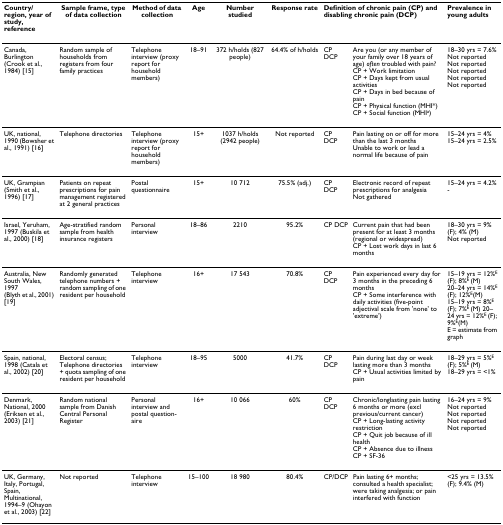
<table><thead><tr><td><b>Country/ region, year of study, reference</b></td><td><b>Sample frame, type of data collection</b></td><td><b>Method of data collection</b></td><td><b>Age</b></td><td><b>Number studied</b></td><td><b>Response rate</b></td><td colspan="2"><b>Definition of chronic pain (CP) and disabling chronic pain (DCP)</b></td><td><b>Prevalence in young adults</b></td></tr></thead><tbody><tr><td>Canada, Burlington (Crook et al., 1984) [15]</td><td>Random sample of households from registers from four family practices</td><td>Telephone interview (proxy report for household members)</td><td>18–91</td><td>372 h/holds (827 people)</td><td>64.4% of h/holds</td><td>CPDCP</td><td>Are you (or any member of your family over 18 years of age) <i>often </i>troubled with pain?CP + Work limitationCP + Days kept from usual activitiesCP + Days in bed because of painCP + Physical function (MHI*)CP + Social function (MHI<sup>a</sup>)</td><td>18–30 yrs = 7.6%Not reportedNot reportedNot reportedNot reportedNot reported</td></tr><tr><td>UK, national, 1990 (Bowsher et al., 1991) [16]</td><td>Telephone directories</td><td>Telephone interview (proxy report for household members)</td><td>15+</td><td>1037 h/holds (2942 people)</td><td>Not reported</td><td>CPDCP</td><td>Pain lasting on or off for more than the last 3 monthsUnable to work or lead a normal life because of pain</td><td>15–24 yrs = 4%15–24 yrs = 2.5%</td></tr><tr><td>UK, Grampian (Smith et al., 1996) [17]</td><td>Patients on repeat prescriptions for pain management registered at 2 general practices</td><td>Postal questionnaire</td><td>15+</td><td>10 712</td><td>75.5% (adj.)</td><td>CPDCP</td><td>Electronic record of repeat prescriptions for analgesiaNot gathered</td><td>15–24 yrs = 4.2%-</td></tr><tr><td>Israel, Yeruham, 1997 (Buskila et al., 2000) [18]</td><td>Age-stratified random sample from health insurance registers</td><td>Personal interview</td><td>18–86</td><td>2210</td><td>95.2%</td><td>CP DCP</td><td>Current pain that had been present for at least 3 months (regional or widespread)CP + Lost work days in last 6 months</td><td>18–30 yrs = 9% (F); 4% (M)Not reported</td></tr><tr><td>Australia, New South Wales, 1997(Blyth et al., 2001) [19]</td><td>Randomly generated telephone numbers + random sampling of one resident per household</td><td>Telephone interview</td><td>16+</td><td>17 543</td><td>70.8%</td><td>CPDCP</td><td>Pain experienced every day for 3 months in the preceding 6 monthsCP + Some interference with daily activities (five-point adjectival scale from &#x27;none&#x27; to &#x27;extreme&#x27;)</td><td>15–19 yrs = 12%<sup>E </sup>(F); 8%<sup>E </sup>(M)20–24 yrs = 14%<sup>E </sup>(F); 12%<sup>E</sup>(M)15–19 yrs = 8%<sup>E </sup>(F); 7%<sup>E </sup>(M) 20–24 yrs = 12%<sup>E </sup>(F); 9%<sup>E</sup>(M)E = estimate from graph</td></tr><tr><td>Spain, national, 1998 (Catala et al., 2002) [20]</td><td>Electoral census; Telephone directories + quota sampling of one resident per household</td><td>Telephone interview</td><td>18–95</td><td>5000</td><td>41.7%</td><td>CPDCP</td><td>Pain during last day or week lasting more than 3 monthsCP + Usual activities limited by pain</td><td>18–29 yrs = 5%<sup>E </sup>(F); 5%<sup>E </sup>(M)18–29 yrs = &lt;1%</td></tr><tr><td>Denmark, National, 2000 (Eriksen et al., 2003) [21]</td><td>Random national sample from Danish Central Personal Register</td><td>Personal interview and postal question-aire</td><td>16+</td><td>10 066</td><td>60%</td><td>CPDCP</td><td>Chronic/longlasting pain lasting 6 months or more (excl previous/current cancer)CP + Long-lasting activity restrictionCP + Quit job because of ill healthCP + Absence due to illnessCP + SF-36</td><td>16–24 yrs = 9%Not reportedNot reportedNot reportedNot reported</td></tr><tr><td>UK, Germany, Italy, Portugal, Spain, Multinational, 1994–9 (Ohayon et al., 2003) [22]</td><td>Not reported</td><td>Telephone interview</td><td>15–100</td><td>18 980</td><td>80.4%</td><td>CP/DCP</td><td>Pain lasting 6+ months; consulted a health specialist; were taking analgesia; or pain interfered with function</td><td>&lt;25 yrs = 13.5% (F); 9.4% (M)</td></tr></tbody></table>